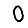
Digit: 0